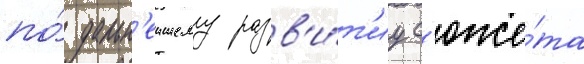
по́ дальн'еишему разв'и́т'иу с'юже́та